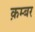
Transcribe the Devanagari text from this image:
क़म्बर